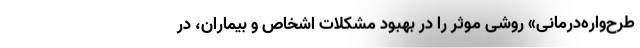
طرح‌واره‌درمانی» روشی موثر را در بهبود مشکلات اشخاص و بیماران، در